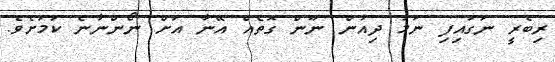
ރިބެރީ ނަގައިފި ނަމަ ދިއުން ނޫން ގޮތެއް އޭނާ އަށް ނޯންނާނެ ކަމަށެވެ.